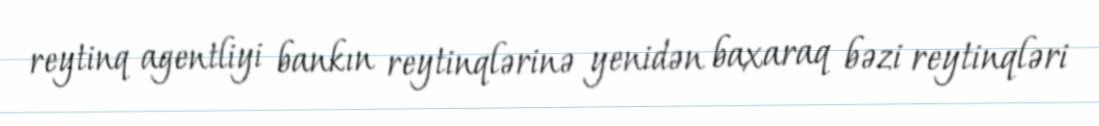
reytinq agentliyi bankın reytinqlərinə yenidən baxaraq bəzi reytinqləri